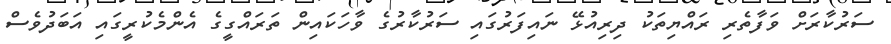
ސަރުކާރަށް ވަފާތެރި ރައްޔިތަކު ދިރިއުޅޭ ނައިފަރުގައި ސަރުކާރުގެ ވާހަކައިން ތަރައްގީގެ އެންމެކުރީގައި އަބަދުވެސް